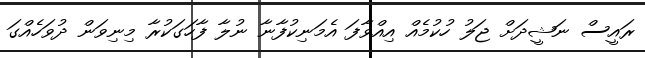
ރައީސް ނަޝީދަށް ޖަލު ހުކުމެއް އިއްވާފަ އެމަނިކުފާނާ ނުލާ ފާހަގަކުރާ މިނިވަން ދުވަހެއްގަ